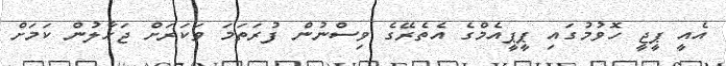
އެއީ ޕީޖީ ހޮވުމުގައި ޕީޕީއެމްގެ އެތެރޭގެ ވިސްނުން ފުރަތަމަ ވަކަރަށް ޖަހާލުން ކަމަށް